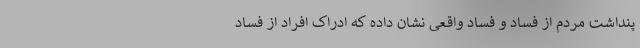
پنداشت مردم از فساد و فساد واقعی نشان داده که ادراک افراد از فساد